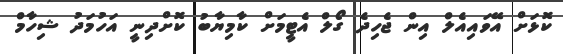
ކޮޅަށް އޭވައިއެލް އިން ޖެހިދެ ގޯލް އެޓީމަށް ކާމިޔާބު ކޮށްދިނީ އަހުމަދު ޝިހާމް